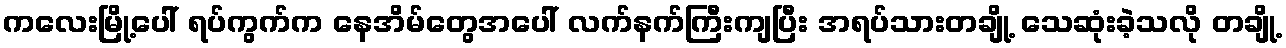
ကလေးမြို့ပေါ် ရပ်ကွက်က နေအိမ်တွေအပေါ် လက်နက်ကြီးကျပြီး အရပ်သားတချို့ သေဆုံးခဲ့သလို တချို့